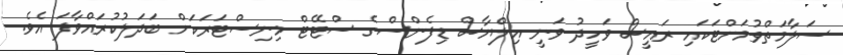
ސަލާމަތްވުމަށްޓަކައި ރައީސް ވަހީދު ވަނީ އިލްޔާސް ޑިފެންސްގެ ސްޓޭޓް މިނިސްޓަރަކަށް ބަދަލުކުރައްވާފަ އެވެ.